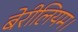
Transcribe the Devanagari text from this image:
बेरीलियम।